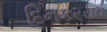
દિનકરરાવ